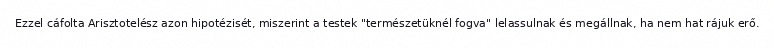
Ezzel cáfolta Arisztotelész azon hipotézisét, miszerint a testek "természetüknél fogva" lelassulnak és megállnak, ha nem hat rájuk erő.